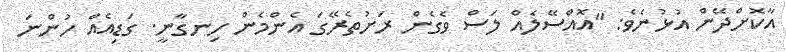
އާކޮށްދޭން އުޅުނެވެ: "އޮއްސޭލެއް ލަސް ވެގެން ރަށުތެރޭގަ އެންމެން ހިނގާނީ. ގަޑިއެއް ހުންނަ